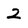
Character: 2